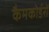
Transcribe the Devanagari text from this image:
कैमकोर्डरों